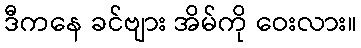
ဒီကနေ ခင်ဗျား အိမ်ကို ဝေးလား။